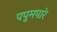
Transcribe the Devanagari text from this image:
पपुमपारे